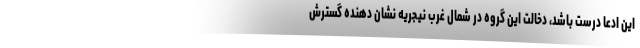
این ادعا درست باشد، دخالت این گروه در شمال غرب نیجریه نشان دهنده گسترش